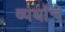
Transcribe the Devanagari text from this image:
व्यथांचे